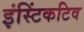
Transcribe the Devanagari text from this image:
इंस्टिंकटिव